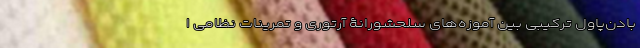
بادن‌پاول ترکیبی بین آموزه‌های سلحشورانۀ آرتوری و تمرینات نظامی ا